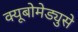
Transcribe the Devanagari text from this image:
क्यूबोमेड्युसे